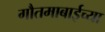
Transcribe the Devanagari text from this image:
गौतमाबाईच्या